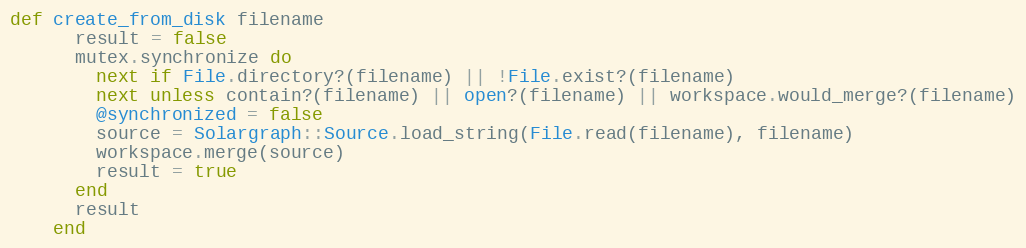
Language: Ruby
def create_from_disk filename
      result = false
      mutex.synchronize do
        next if File.directory?(filename) || !File.exist?(filename)
        next unless contain?(filename) || open?(filename) || workspace.would_merge?(filename)
        @synchronized = false
        source = Solargraph::Source.load_string(File.read(filename), filename)
        workspace.merge(source)
        result = true
      end
      result
    end